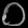
Digit: ၀